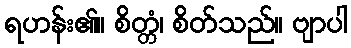
ရဟန်း၏။ စိတ္တံ၊ စိတ်သည်။ ဗျာပါ